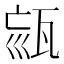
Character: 𤭉